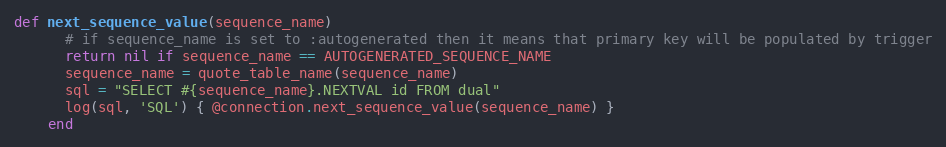
Language: Ruby
def next_sequence_value(sequence_name)
      # if sequence_name is set to :autogenerated then it means that primary key will be populated by trigger
      return nil if sequence_name == AUTOGENERATED_SEQUENCE_NAME
      sequence_name = quote_table_name(sequence_name)
      sql = "SELECT #{sequence_name}.NEXTVAL id FROM dual"
      log(sql, 'SQL') { @connection.next_sequence_value(sequence_name) }
    end